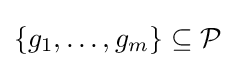
\left\{g_{1},\ldots ,g_{m}\right\}\subseteq {\mathcal {P}}